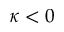
\kappa < 0